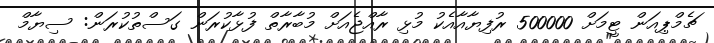
ޗެމްޕިއަން ޓީމަށް 500000 ރުފިޔާއާއެކު މުޅި ރާއްޖެއަށް މުބާރާތް ފުޅާކުރަން ގަސްތުކުރަން: ސިޔާމް